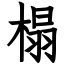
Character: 榻